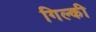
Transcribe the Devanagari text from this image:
गिल्की